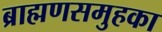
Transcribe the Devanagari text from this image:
ब्राह्मणसमुहका